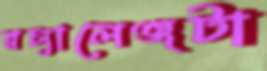
রচ্যালেঞ্জটা